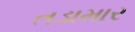
તડામાર